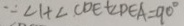
\because \angle 1 + \angle C D E + \angle D E A = 9 0 ^ { \circ }